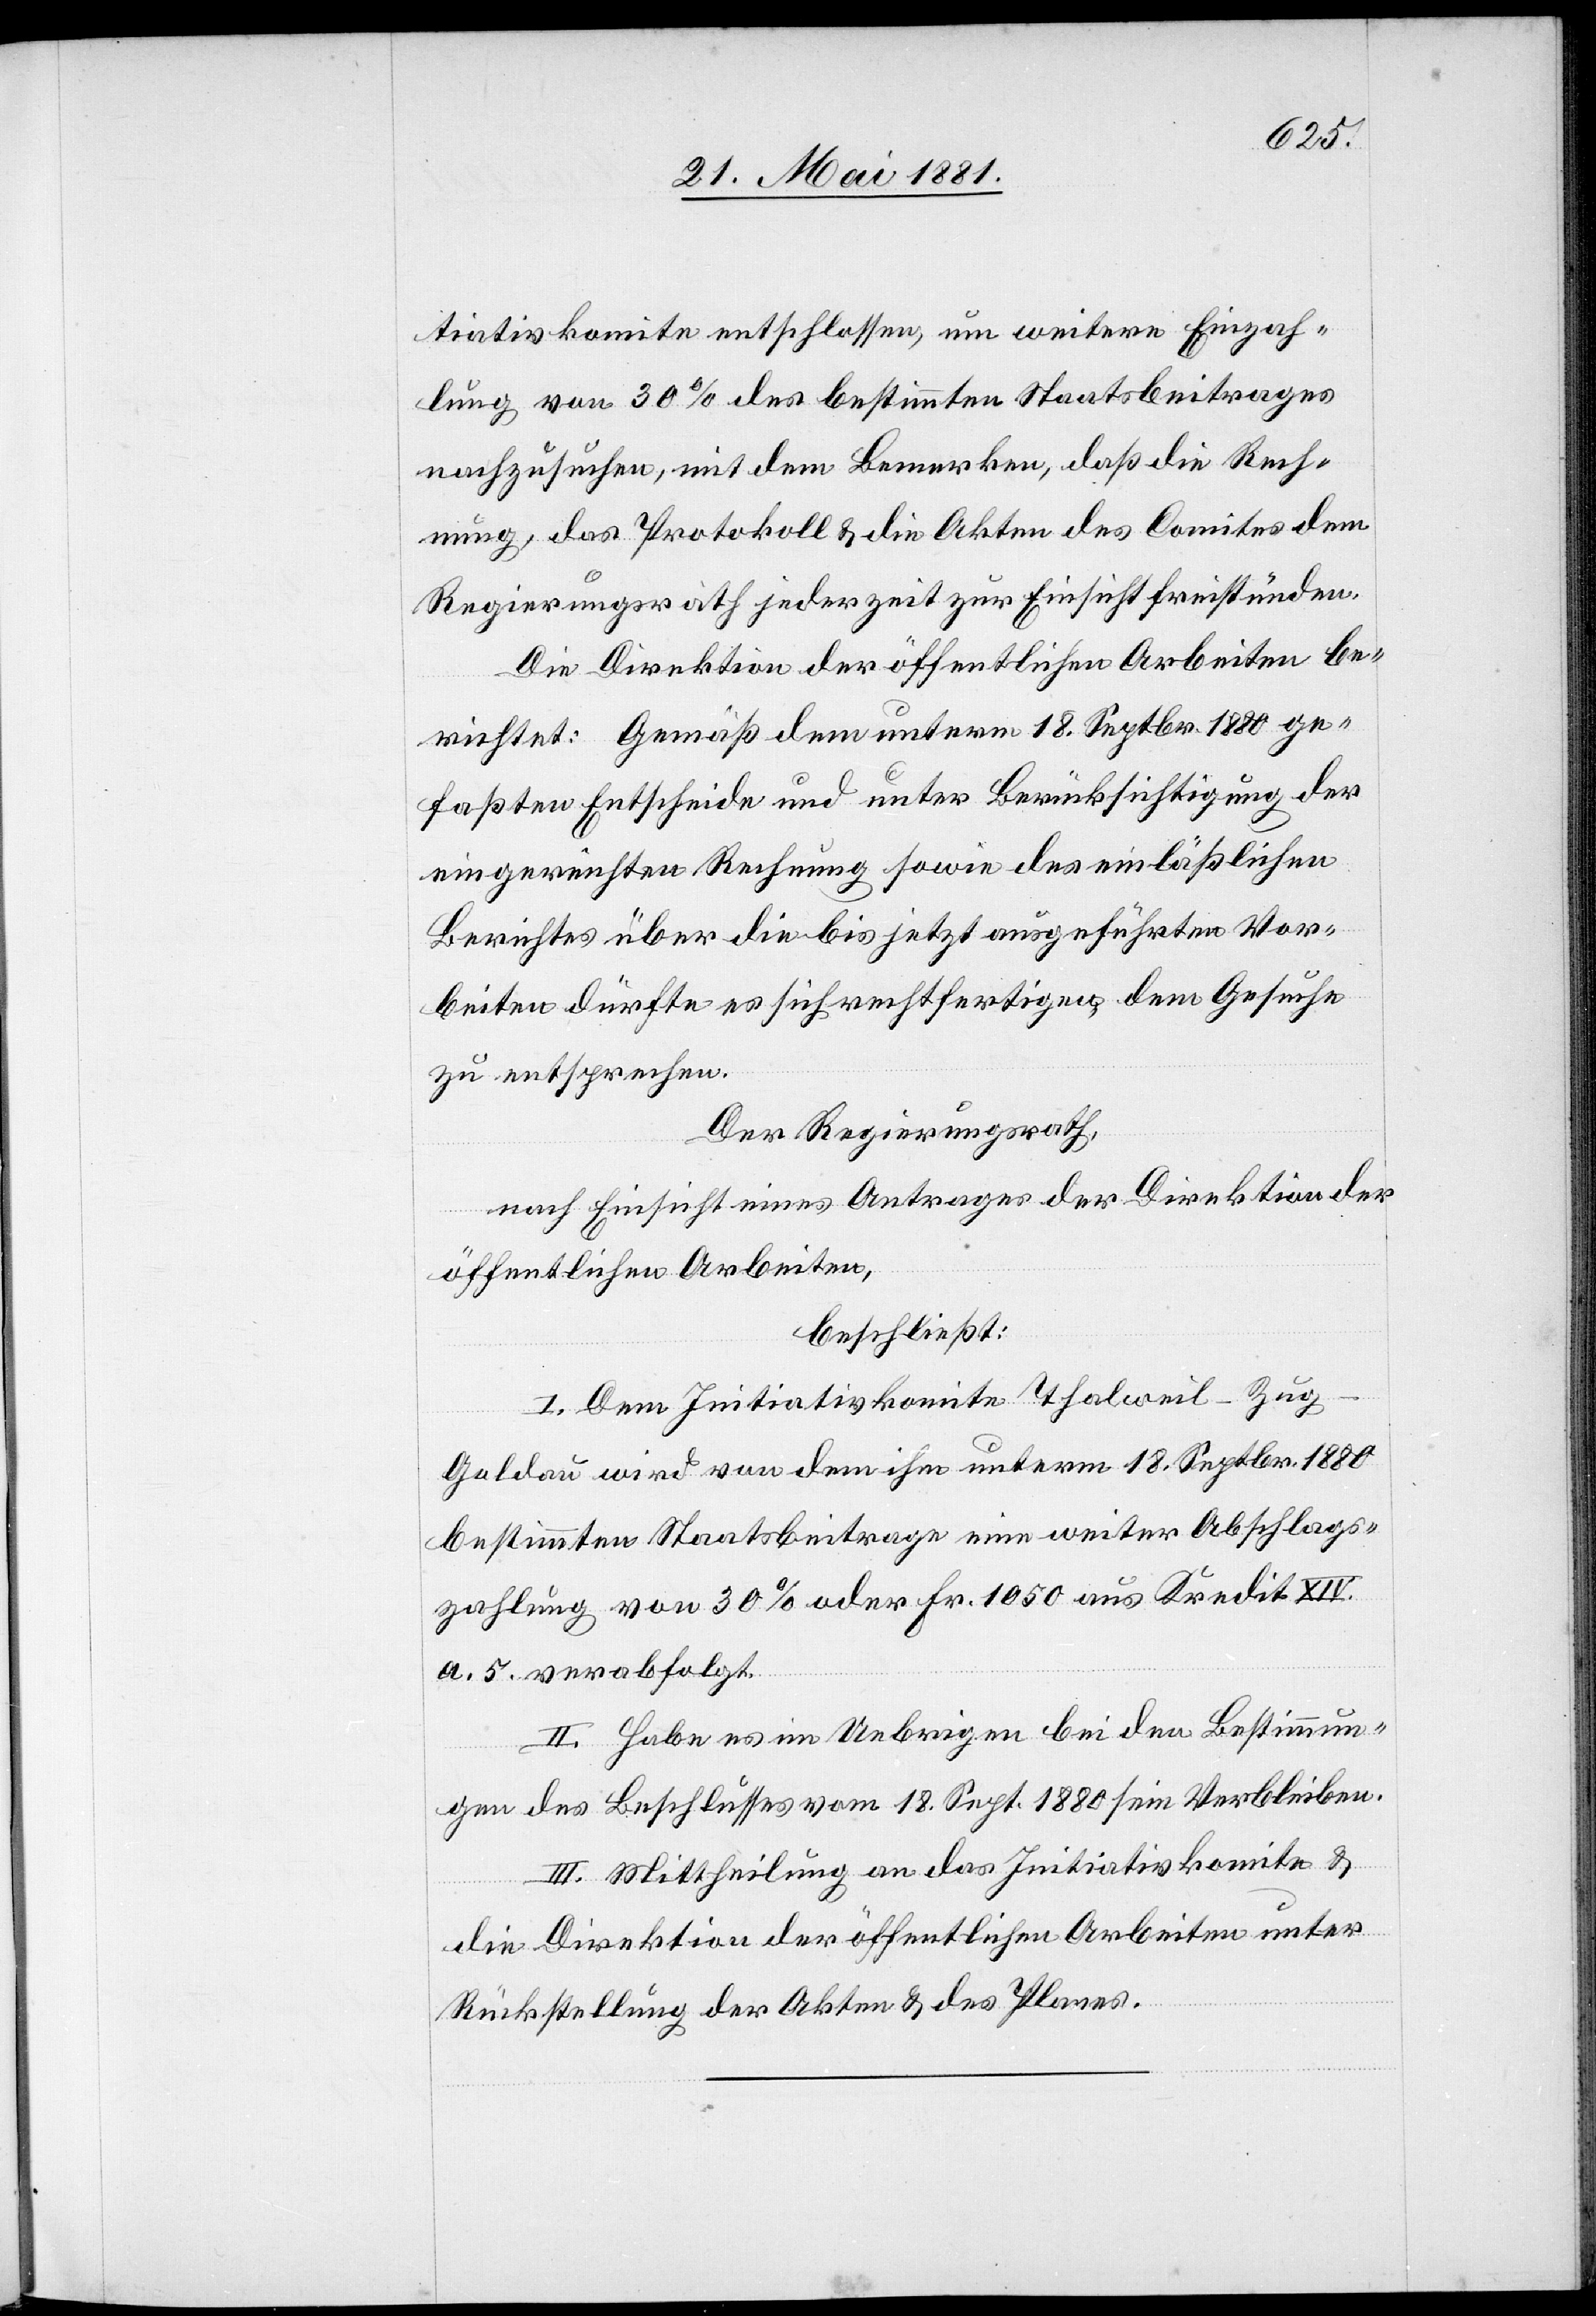
tiativkomite entschlossen, um weitere Einzah¬
lung von 30% des bestimmten Staatsbeitrages
nachzusuchen, mit dem Bemerken, daß die Rech¬
nung, das Protokoll & die Akten des Comites dem
Regierungsrath jederzeit zur Einsicht freistünden.
Die Direktion der öffentlichen Arbeiten be¬
richtet: Gemäß dem unterm 18. Septbr. 1880 ge¬
faßten Entscheide und unter Berücksichtigung der
eingereichten Rechnung sowie des einläßlichen
Berichtes über die bis jetzt ausgeführten Vor¬
rbeiten] dürfte es sich rechtfertigen dem Gesuche
zu entsprechen.
Der Regierungsrath,
nach Einsicht eines Antrages der Direktion der
öffentlichen Arbeiten,
beschließt:
I. Dem Initiativkomite Thalweil–Zu¬
g–Goldau wird von dem ihm unterm 18. Septbr. 1880
bestimmten Staatsbeitrage eine weiter [sic!] Abschlags¬
zahlung von 30% oder Fr. 1050 aus Kredit KIV.
a. 5. verabfolgt.
II. Habe es im Uebrigen bei den Bestimmun¬
gen des Beschlusses vom 18. Sept. 1880 sein Verbleiben.
III. Mittheilung an das Initiativkomite &
Vora¬
die Direktion der öffentlichen Arbeiten unter
Rückstellung der Akten & des Planes.